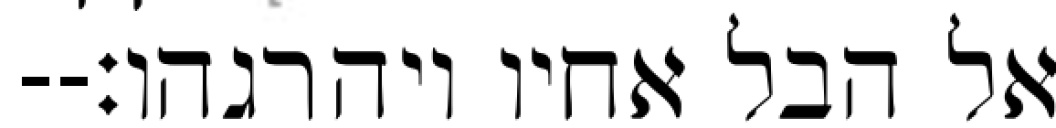
אל הבל אחיו ויהרגהו׃--